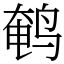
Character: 鹌